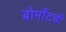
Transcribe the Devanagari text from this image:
बोमाँटची